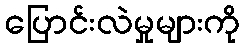
ပြောင်းလဲမှုများကို